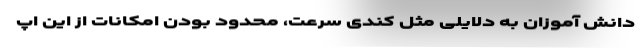
دانش آموزان به دلایلی مثل کندی سرعت، محدود بودن امکانات از این اپ